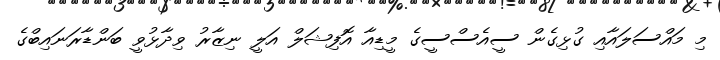
މި މައްސަލައާއި ގުޅިގެން ސީއެސްސީގެ މީޑިއާ އޮފިޝަލް އަލީ ނިޒާރު ވިދާޅުވީ ބަންޑާރަނައިބްގެ